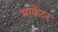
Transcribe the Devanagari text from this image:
माकेंटर